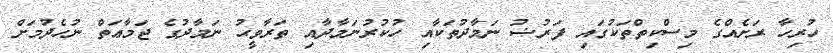
ހުރިހާ ރަށެއްގެ މިސްކިތްތަކުގައި ފަރުޟު ނަމާދުތަކާއި ހުކުރުނަމާދާއި ތަރާވީޙު ނަމާދުގެ ޖަމާޢަތް ނުހެދުމަށް